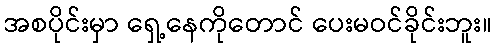
အစပိုင်းမှာ ရှေ့နေကိုတောင် ပေးမဝင်ခိုင်းဘူး။